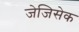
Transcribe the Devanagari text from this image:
जेजिसेक